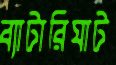
ব্যাটারিঘাট